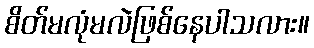
စိတ်မလုံမလဲဖြစ်နေပါသလား။